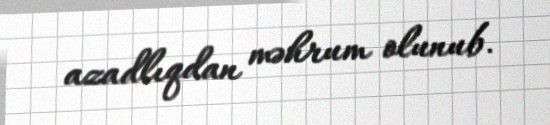
azadlıqdan məhrum olunub.